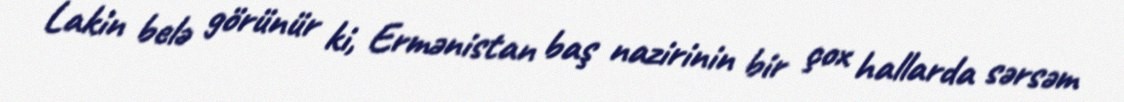
Lakin belə görünür ki, Ermənistan baş nazirinin bir çox hallarda sərsəm